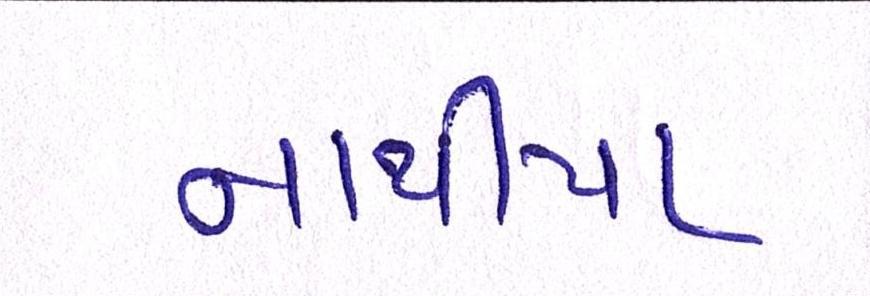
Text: નાથીયા